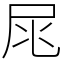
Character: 㞑